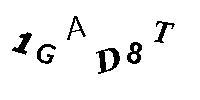
1GAD8T